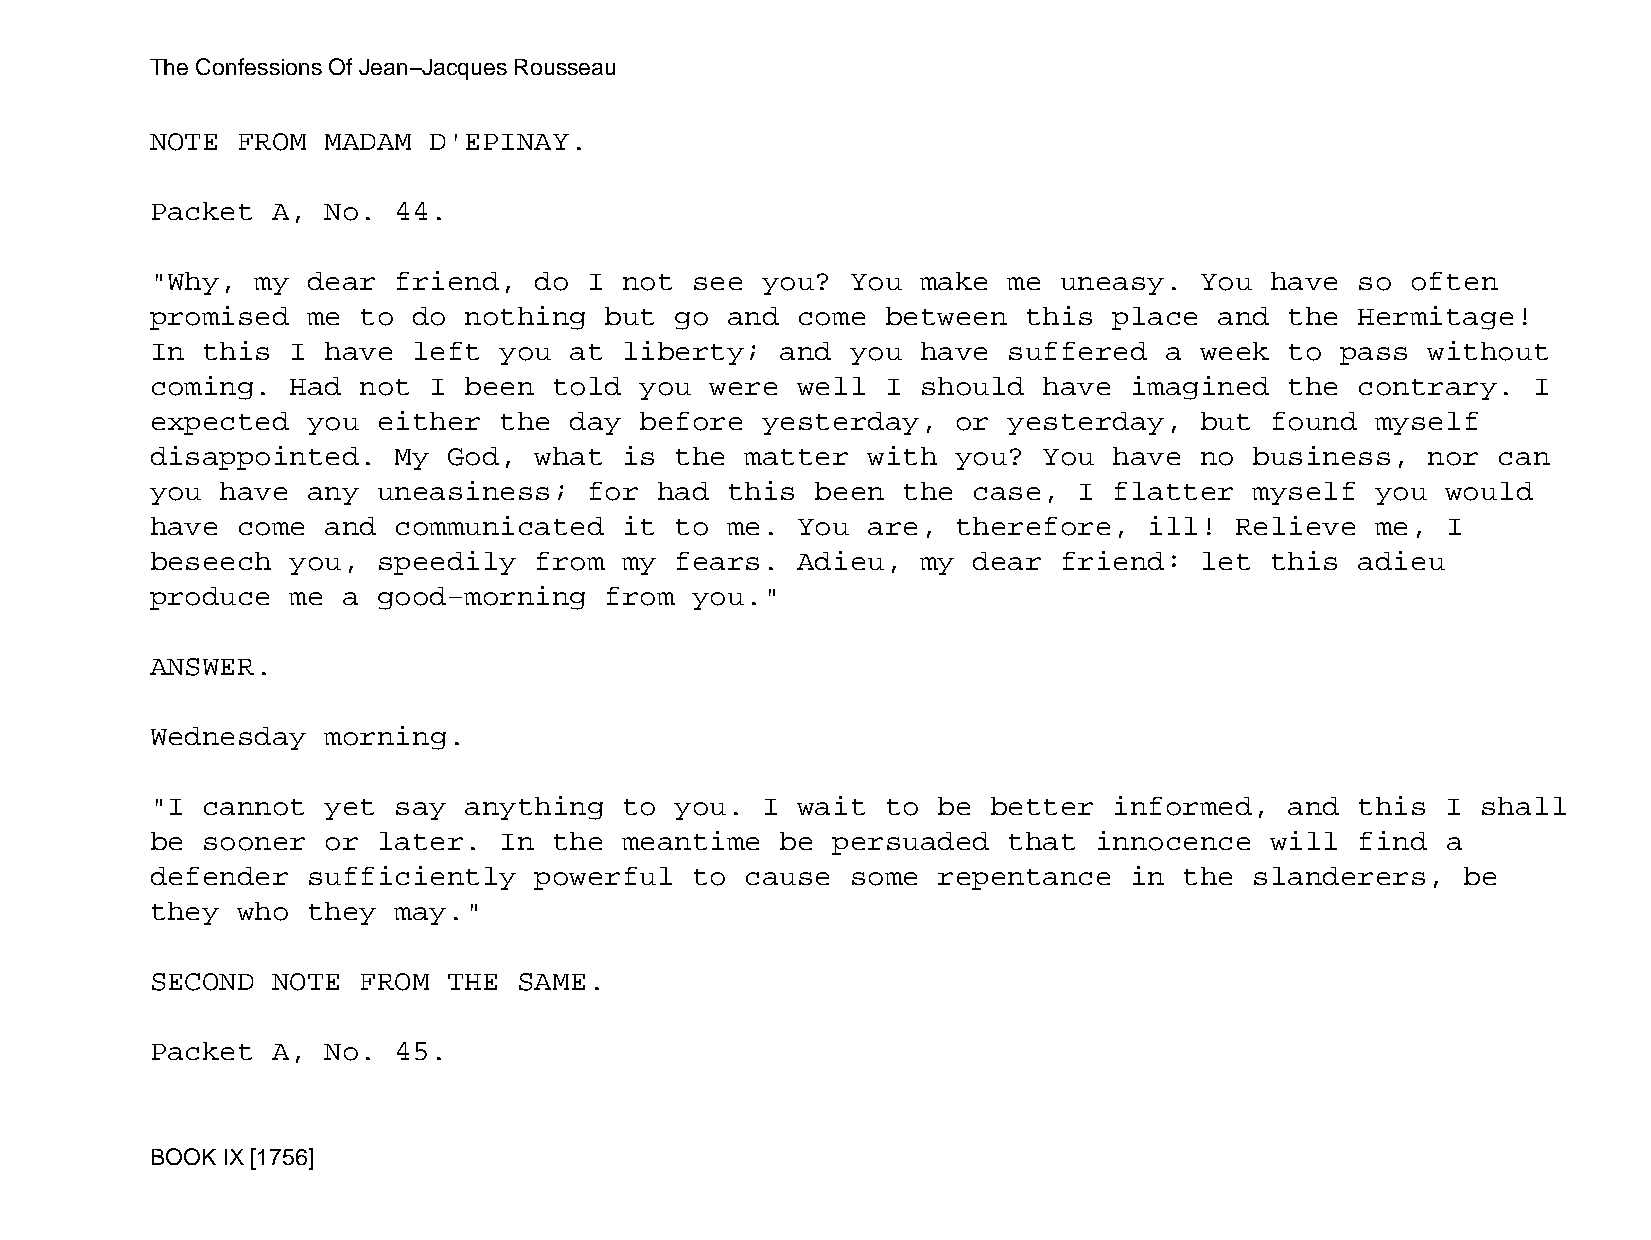
The Confessions Of Jean−Jacques Rousseau
 NOTE  FROM  MADAM D'EPINAY.
 Packet  A,  No. 44.
 "Why,  my dear  friend,  do  I not  see you?  You  make  me uneasy.  You  have  so often
 promised  me  to do  nothing  but  go and  come  between  this  place  and the  Hermitage!
 In this  I  have left  you  at liberty;   and you  have  suffered  a week  to  pass  without
 coming.  Had  not I  been  told you  were  well  I should  have  imagined  the  contrary.  I
 expected  you  either  the  day before  yesterday,   or  yesterday,  but  found  myself
 disappointed.   My  God, what  is  the matter  with  you?  You  have no  business,   nor can
 you  have any  uneasiness;   for  had this  been  the case,  I  flatter  myself  you  would
 have  come  and communicated   it  to me.  You are,  therefore,   ill!  Relieve  me,  I
 beseech  you,  speedily  from  my  fears.  Adieu,  my dear  friend:  let  this  adieu
 produce  me  a good−morning   from  you."
 ANSWER.
 Wednesday   morning.
 "I cannot   yet say  anything  to  you. I  wait  to be  better  informed,  and  this  I shall
 be sooner   or later.  In  the meantime   be persuaded   that innocence   will  find  a
 defender  sufficiently   powerful   to cause  some  repentance   in the  slanderers,   be
 they  who they  may."
 SECOND  NOTE  FROM  THE SAME.
 Packet  A,  No. 45.
 BOOK IX [1756]